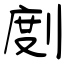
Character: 剫